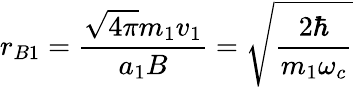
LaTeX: r_{B1}={\frac{{\sqrt{4\pi}}m_{1}v_{1}}{a_{1}B}}={\sqrt{\frac{2\hbar}{m_{1}\omega_{c}}}}